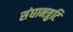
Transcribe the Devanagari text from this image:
संघानत्रुटि